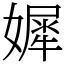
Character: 㜨